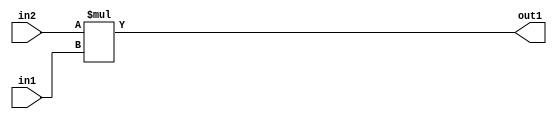
`timescale 1ps / 1ps
/*****************************************************************************
    Verilog RTL Description
    
    
    Created by: Stratus DpOpt 2019.1.01 
*******************************************************************************/

module st_feature_addr_gen_Mul_16Ux9U_16U_4 (
	in2,
	in1,
	out1
	); /* architecture "behavioural" */ 
input [15:0] in2;
input [8:0] in1;
output [15:0] out1;
wire [15:0] asc001;

assign asc001 = 
	+(in2 * in1);

assign out1 = asc001;
endmodule

/* CADENCE  ubLzQg4= : u9/ySgnWtBlWxVPRXgAZ4Og= ** DO NOT EDIT THIS LINE ******/